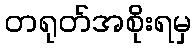
တရုတ်အစိုးရမှ